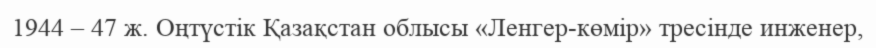
1944 – 47 ж. Оңтүстік Қазақстан облысы «Ленгер-көмір» тресінде инженер,